Annual administration report of the Civil Veterinary Department of India - 1895-1896
Year: 1895
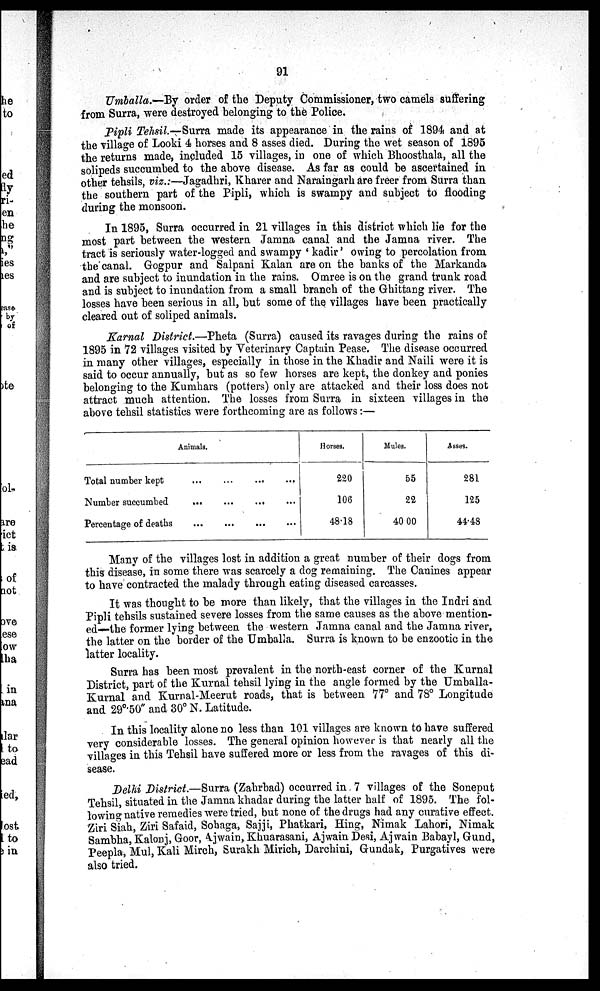
91
Umballa.—By order of the Deputy Commissioner, two camels suffering
from Surra, were destroyed belonging to the Police.
Pipli Tehsil.—Surra made its appearance in the rains of 1894 and at
the village of Looki 4 horses and 8 asses died. During the wet season of 1895
the returns made, included 15 villages, in one of which Bhoosthala, all the
solipeds succumbed to the above disease. As far as could be ascertained in
other tehsils, viz.:—Jagadhri, Kharer and Naraingarh are freer from Surra than
the southern part of the Pipli, which is swampy and subject to flooding
during the monsoon.
In 1895, Surra occurred in 21 villages in this district which lie for the
most part between the western Jamna canal and the Jamna river. The
tract is seriously water-logged and swampy 'kadir' owing to percolation from
the canal. Gogpur and Salpani Kalan are on the banks of the Markanda
and are subject to inundation in the rains. Omree is on the grand trunk road
and is subject to inundation from a small branch of the Ghittang river. The
losses have been serious in all, but some of the villages have been practically
cleared out of soliped animals.
Karnal District.—Pheta (Surra) caused its ravages during the rains of
1895 in 72 villages visited by Veterinary Captain Pease. The disease occurred
in many other villages, especially in those in the Khadir and Naili were it is
said to occur annually, but as so few horses are kept, the donkey and ponies
belonging to the Kumhars (potters) only are attacked and their loss does not
attract much attention. The losses from Surra in sixteen villages in the
above tehsil statistics were forthcoming are as follows:—
Animals.
Total number kept
...
...
...
...
Number succumbed
...
...
...
...
Percentage of deaths
...
...
...
...
Horses.
220
106
48.18
Mules.
55
22
40.00
Asses.
281
125
44.48
Many of the villages lost in addition a great number of their dogs from
this disease, in some there was scarcely a dog remaining. The Canines appear
to have contracted the malady through eating diseased carcasses.
It was thought to be more than likely, that the villages in the Indri and
Pipli tehsils sustained severe losses from the same causes as the above mention-
ed—the former lying between the western Jamna canal and the Jamna river,
the latter on the border of the Umballa. Surra is known to be enzootic in the
latter locality.
Surra has been most prevalent in the north-east corner of the Kurnal
District, part of the Kurnal tehsil lying in the angle formed by the Umballa-
Kurnal and Kurnal-Meerut roads, that is between 77º and 78º Longitude
and 29º.50" and 30º N. Latitude.
In this locality alone no less than 101 villages are known to have suffered
very considerable losses. The general opinion however is that nearly all the
villages in this Tehsil have suffered more or less from the ravages of this di-
sease.
Delhi District.—Surra (Zahrbad) occurred in 7 villages of the Soneput
Tehsil, situated in the Jamna khadar during the latter half of 1895. The fol-
lowing native remedies were tried, but none of the drugs had any curative effect.
Ziri Siah, Ziri Safaid, Sohaga, Sajji, Phatkari, Hing, Nimak Lahori, Nimak
Sambha, Kalonj, Goor, Ajwain, Khuarasani, Ajwain Desi, Ajwain Babayl, Gund,
Peepla, Mul, Kali Mirch, Surakh Mirich, Darchini, Gundak, Purgatives were
also tried.